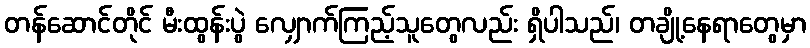
တန်ဆောင်တိုင် မီးထွန်းပွဲ လျှောက်ကြည့်သူတွေလည်း ရှိပါသည်၊ တချို့နေရာတွေမှာ